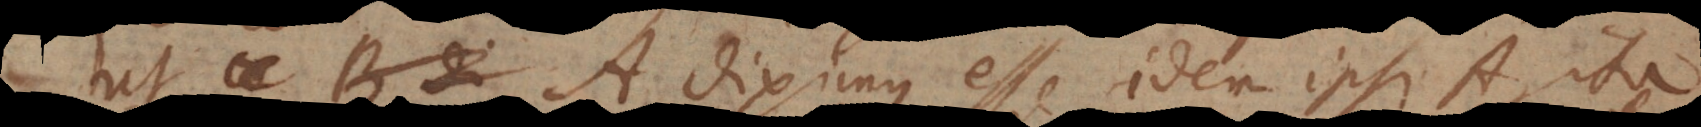
ut A diximus esse idem ipsi A, ita